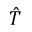
\hat { T }